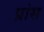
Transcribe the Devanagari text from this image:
प्रांस